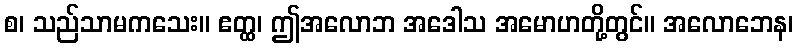
စ၊ သည်သာမကသေး။ ဧတ္ထ၊ ဤအလောဘ အဒေါသ အမောဟတို့တွင်။ အလောဘေန၊